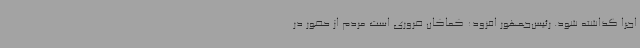
اجرا گذاشته شود. رئیس‌جمهور افزود: کماکان ضروری است مردم از حضور در